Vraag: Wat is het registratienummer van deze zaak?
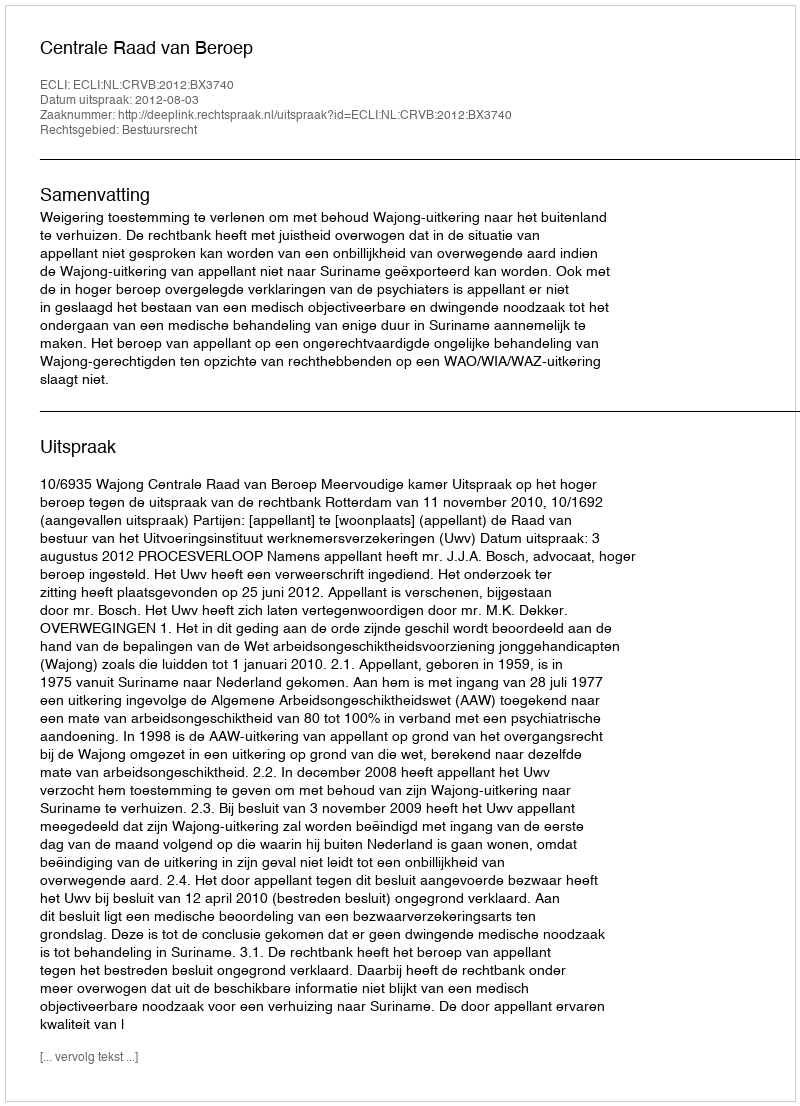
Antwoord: http://deeplink.rechtspraak.nl/uitspraak?id=ECLI:NL:CRVB:2012:BX3740